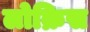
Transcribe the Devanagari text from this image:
लोक्रिस